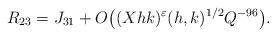
LaTeX: \begin{align*}R_{23} = J_{31}+ O\big( (Xhk)^{\varepsilon}(h,k)^{1/2} Q^{-96}\big).\end{align*}